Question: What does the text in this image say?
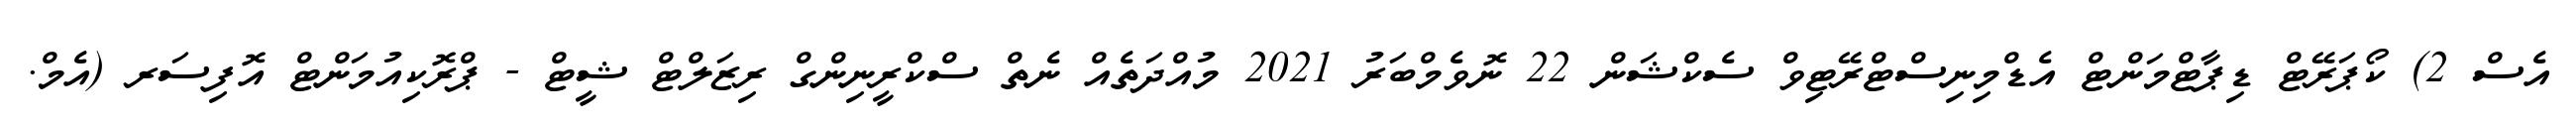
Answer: އެސް 2) ކޯޕަރޭޓް ޑިޕާޓްމަންޓް އެޑްމިނިސްޓްރޭޓިވް ސެކްޝަން 22 ނޮވެމްބަރު 2021 މުއްދަތެއް ނެތް ސްކްރީނިންގް ރިޒަލްޓް ޝީޓް - ޕްރޮކިއުމަންޓް އޮފިސަރ (އެމް.